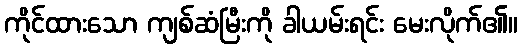
ကိုင်ထားသော ကျစ်ဆံမြီးကို ခါယမ်းရင်း မေးလိုက်၏။